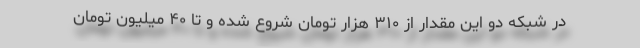
در شبکه دو این مقدار از ۳۱۰ هزار تومان شروع ‌شده و تا ۴۰ میلیون تومان